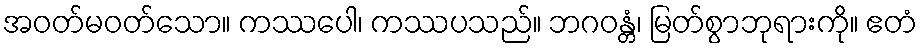
အဝတ်မဝတ်သော။ ကဿပေါ၊ ကဿပသည်။ ဘဂဝန္တံ၊ မြတ်စွာဘုရားကို။ ဧတံ